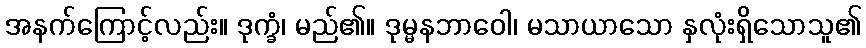
အနက်ကြောင့်လည်း။ ဒုက္ခံ၊ မည်၏။ ဒုမ္မနဘာဝေါ၊ မသာယာသော နှလုံးရှိသောသူ၏